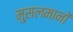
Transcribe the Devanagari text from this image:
मु्सलमानों